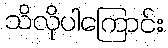
သိလိုပါကြောင်း